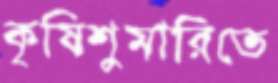
কৃষিশুমারিতে